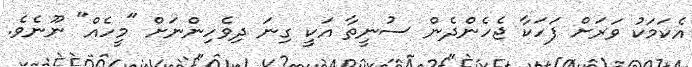
އެކަމަކު ވަރަށް ފަހަކާ ޖެހެންދެން ސުނީތާ އަކީ ގިނަ ދިވެހިންނަށް "މީހެއް" ނޫނެވެ.